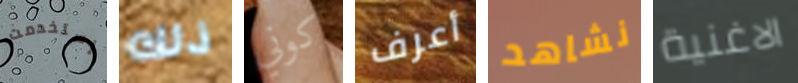
إستخدمت ذلك كوني أعرف نشاهد الاغنية